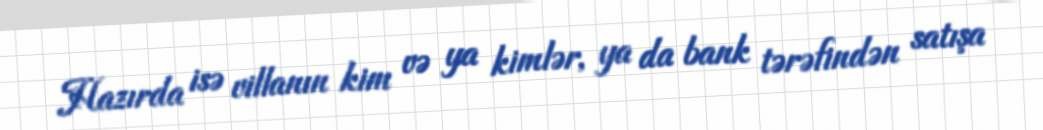
Hazırda isə villanın kim və ya kimlər, ya da bank tərəfindən satışa